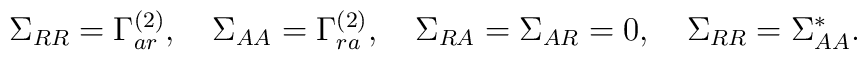
\Sigma_{RR} = \Gamma^{(2)}_{ar},\quad  \Sigma_{AA} = \Gamma^{(2)}_{ra},\quad  \Sigma_{RA} = \Sigma_{AR} = 0,\quad  \Sigma_{RR} = \Sigma^*_{AA} .